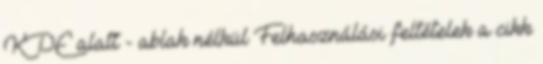
KDE alatt - ablak nélkül Felhasználási feltételek a cikk